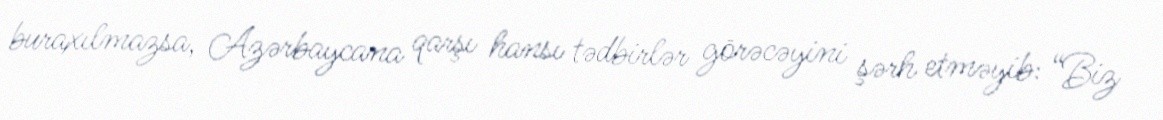
buraxılmazsa, Azərbaycana qarşı hansı tədbirlər görəcəyini şərh etməyib: “Biz